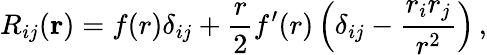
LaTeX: R_{ij}(\mathrm{{\textbf{r}}})=f(r)\delta_{ij}+\frac{r}{2}f^{\prime}(r)\left(\delta_{ij}-\frac{r_{i}r_{j}}{r^{2}}\right)\, ,